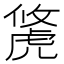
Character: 𧇐